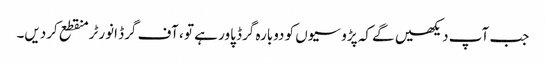
جب آپ دیکھیں گے کہ پڑوسیوں کو دوبارہ گرڈ پاور ہے تو ، آف گرڈ انورٹر منقطع کردیں۔